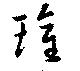
瓘